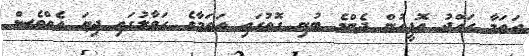
އަތަމާ ހައްޖު އޮފީހުން ދެންމެ ބުނި ގޮތުގައި އަތަމާގެ ހަވާލުގައި ދިޔަ އެއްވެސް